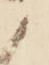
候